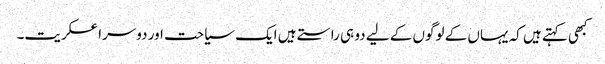
کبھی کہتے ہیں کہ یہاں کے لوگوں کے لیے دو ہی راستے ہیں ایک سیاحت اور دوسرا عسکریت۔